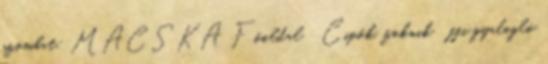
szombat: MACSKA Főoldal Cipők, zoknik ffi gyalogló